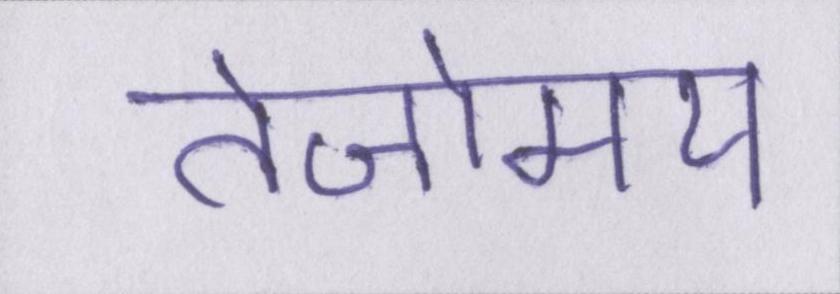
तेजोमय